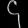
Digit: ၄